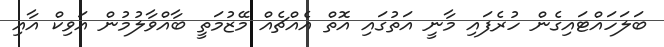
ބަލަހައްޓައިގެން ހުރެފައި މާނީ އަތުގައި އޮތް އެއްޗެއް މޭޒުމަތީ ބާއްވާލުމުން އަވިކް އާއި